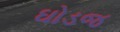
ઘોડજ